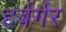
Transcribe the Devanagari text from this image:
हर्बर्गर